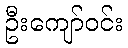
ဦးကျော်ဝင်း